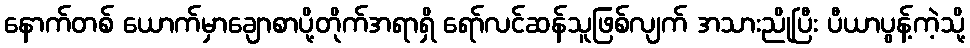
နောက်တစ် ယောက်မှာချောစာပို့တိုက်အရာရှိ ရော်လင်ဆန်သူဖြစ်လျက် အသားညိုပြီး ပီယာပွန့်ကဲ့သို့